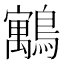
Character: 䴁